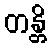
တန္တိ